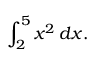
\int _ { 2 } ^ { 5 } x ^ { 2 } \, d x .